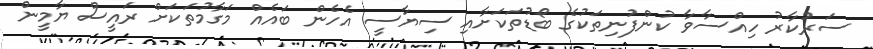
ސަރުކާރު ހިއްސާވާ ކުންފުނިތަކުގެ ބޯޑުތަކަށާއި ސިޔާސީ އެހެން ބައެއް މަގާމުތަކަށް ރައީސް ޔާމީން